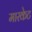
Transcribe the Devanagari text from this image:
मारकेट